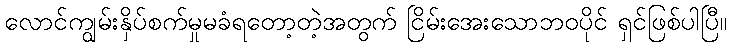
လောင်ကျွမ်းနှိပ်စက်မှုမခံရတော့တဲ့အတွက် ငြိမ်းအေးသောဘဝပိုင် ရှင်ဖြစ်ပါပြီ။